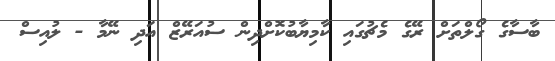
ބާސާގެ ގޯލްތަށް ރޭގެ މެޗުގައި ކާމިޔާބުކޮށްދިން ސުއަރޭޒް އަދި ނޭމާ - ލުއިސް